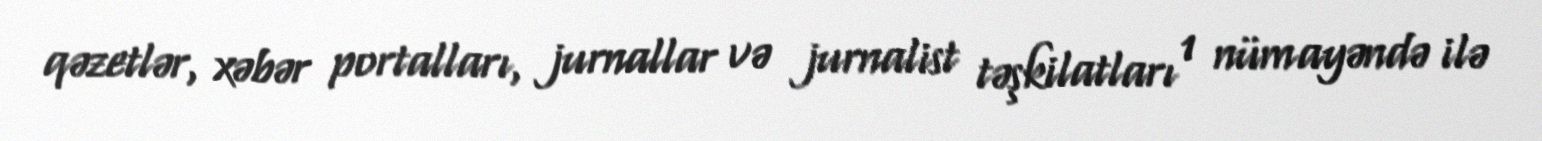
qəzetlər, xəbər portalları, jurnallar və jurnalist təşkilatları 1 nümayəndə ilə